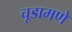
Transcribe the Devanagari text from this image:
चूडामणे